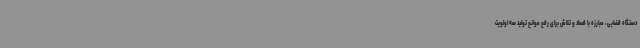
دستگاه قضایی، مبارزه با فساد و تلاش برای رفع موانع تولید سه اولویت